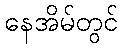
နေအိမ်တွင်